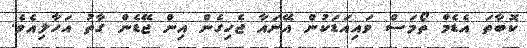
ކޮބާތަ އެޑެމް ތޯމަސް ވައިއަޑަކުން އޭނައާ ޖެހިގެން އިން ޖޭޑެން ގާތު އަހާލިއެވެ.